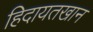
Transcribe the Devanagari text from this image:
हिदायतखान